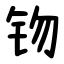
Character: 䥼